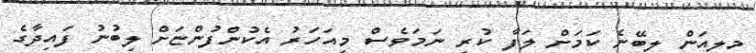
މިލިއަން ލިބޭނެ ކަމަށް ލަފާ ކުރި ނަމަވެސް މިއަހަރު އެކުންފުންޏަށް ލިބުނު ފައިދާގެ